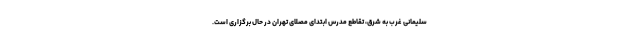
سلیمانی غرب به شرق، تقاطع مدرس ابتدای مصلای تهران در حال برگزاری است.